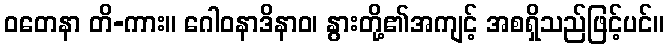
ဝတေနာ တိ-ကား။ ဂေါဝနာဒိနာဝ၊ နွားတို့၏အကျင့် အစရှိသည်ဖြင့်ပင်။